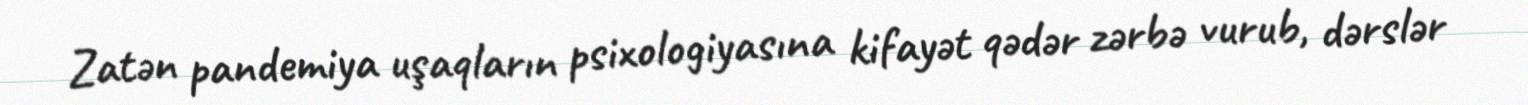
Zatən pandemiya uşaqların psixologiyasına kifayət qədər zərbə vurub, dərslər